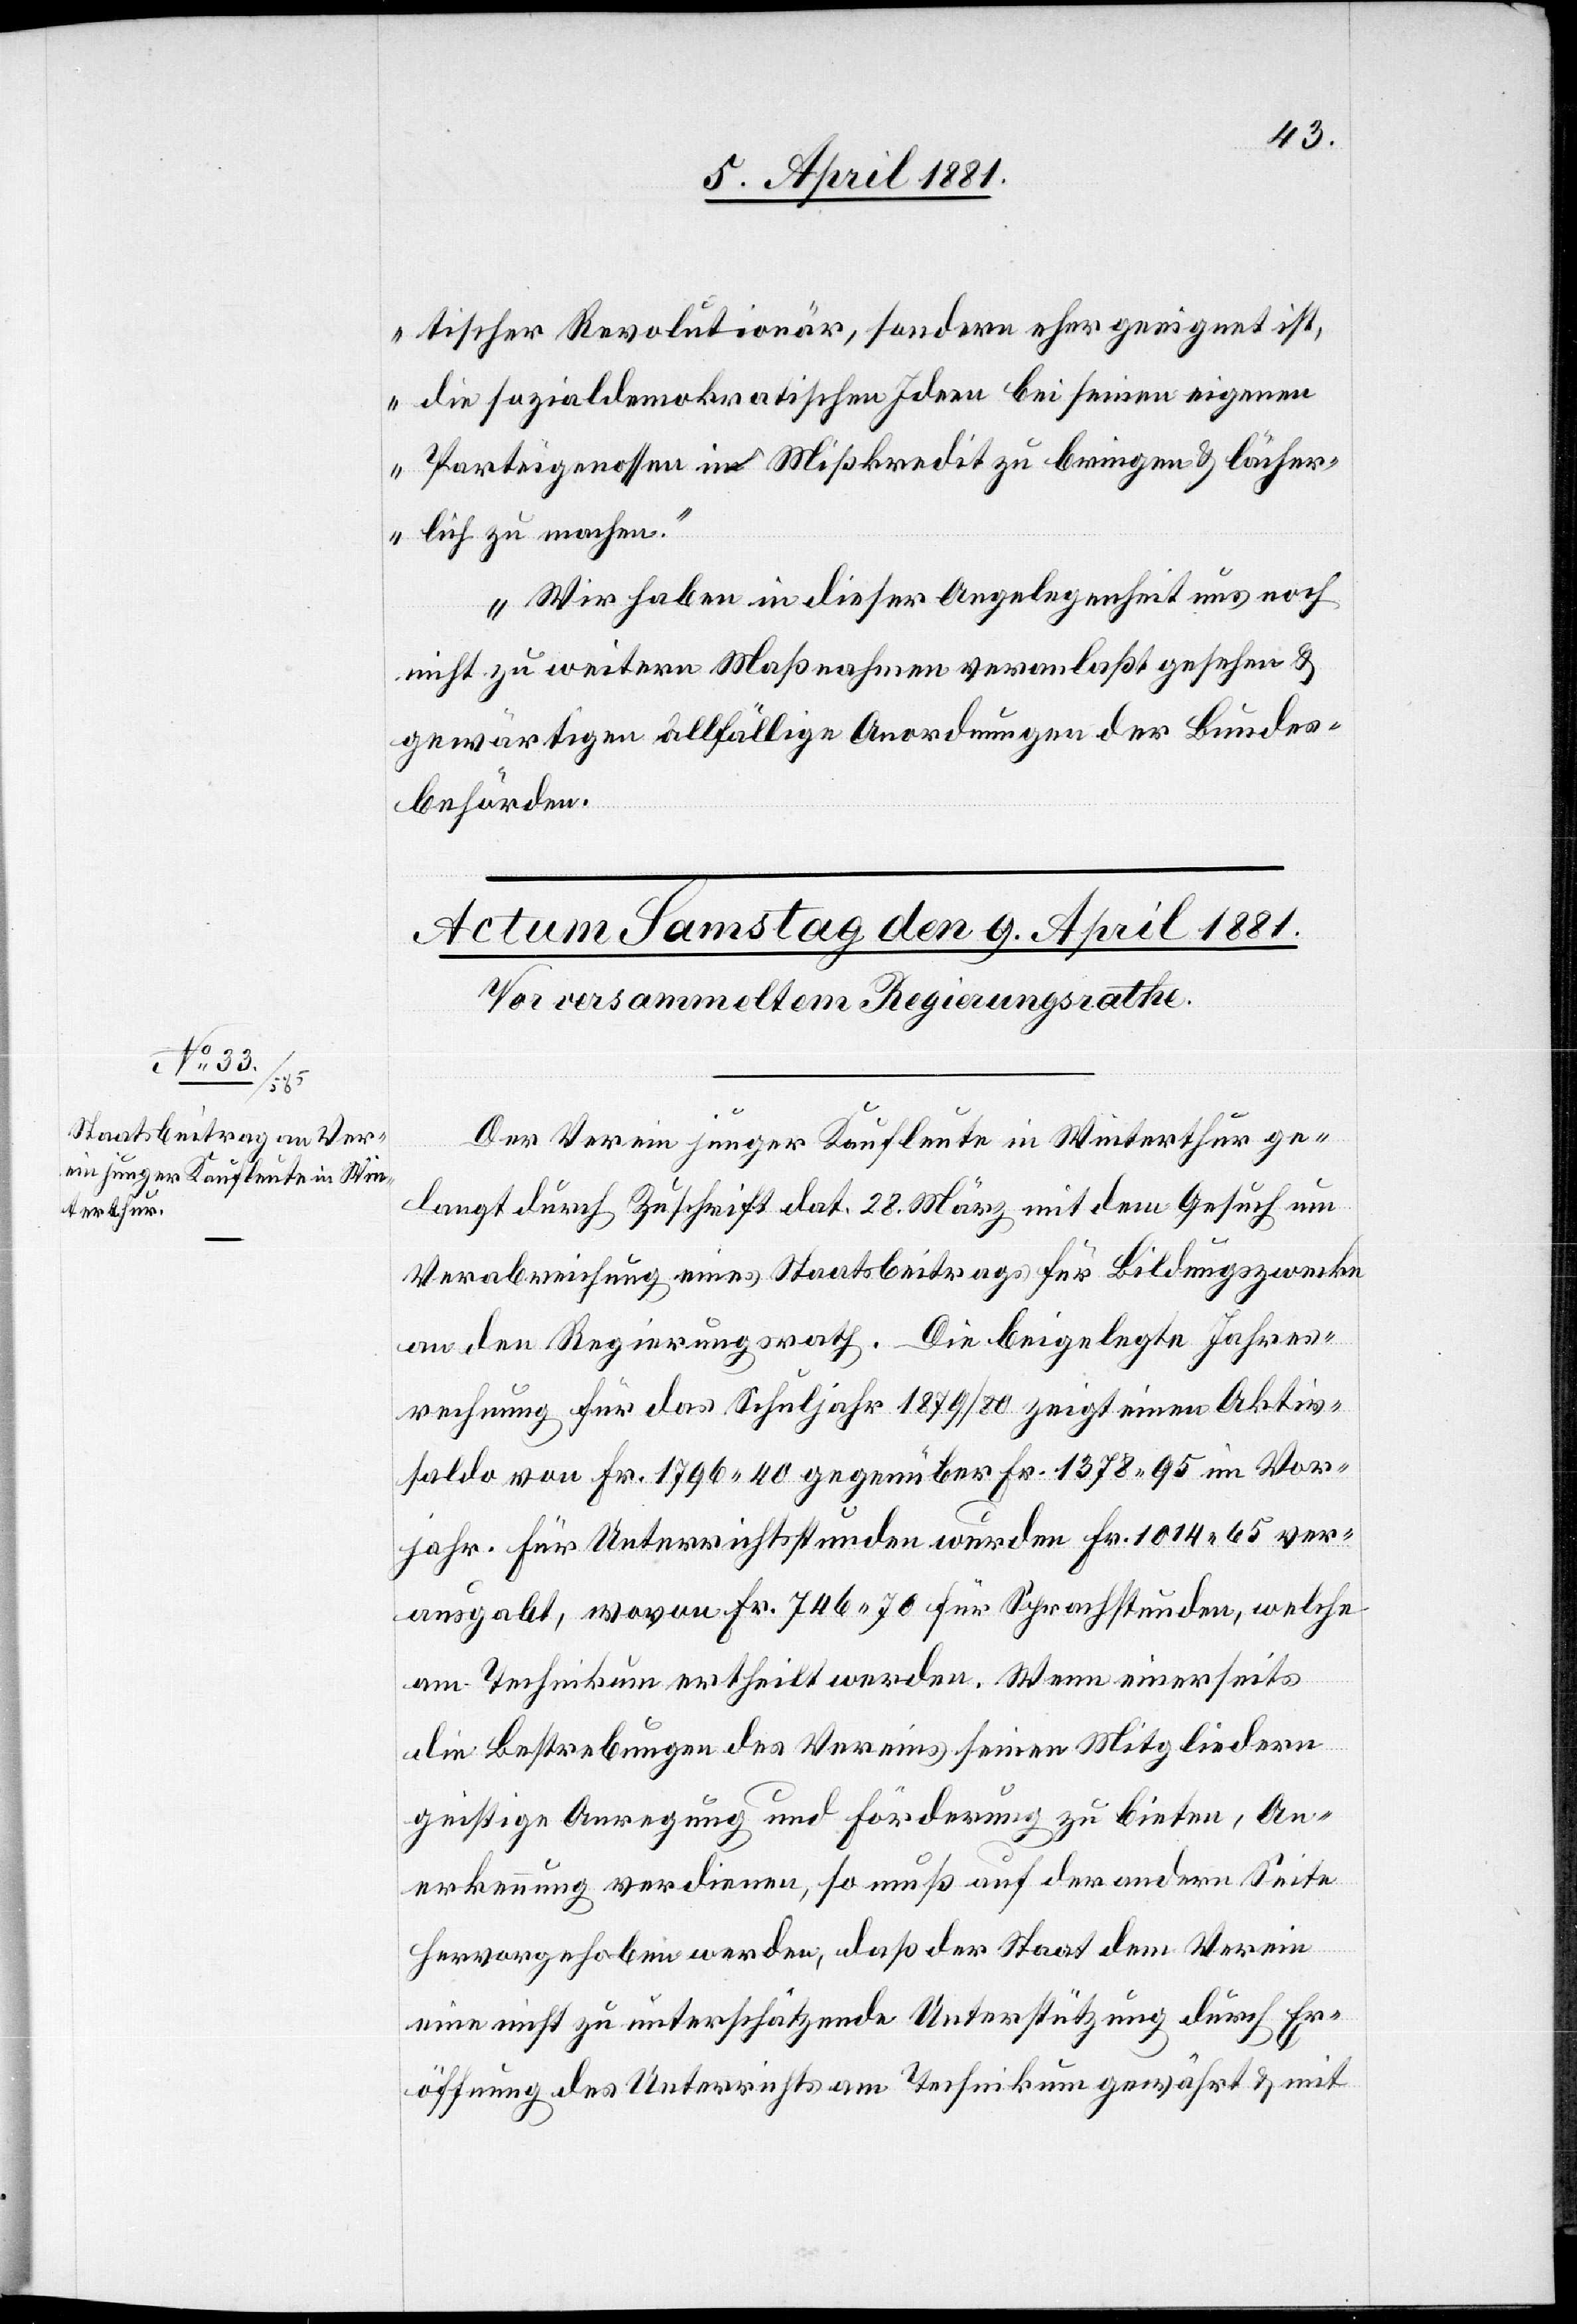
tischer Revolutionär, sondern eher geeignet ist,
die sozialdemokratischen Ideen bei seinen eigenen
Parteigenossen in Mißkredit zu bringen & lächer¬
lich zu machen.“
Wir haben in dieser Angelegenheit uns noch
nicht zu weitern Maßnahmen veranlaßt gesehen &
gewärtigen allfällige Anordnungen der Bundes¬
behörden.“
Der Verein junger Kaufleute in Winterthur ge¬
langt durch Zuschrift dat. 28. März mit dem Gesuch um
Verabreichung eines Staatsbeitrags für Bildungszwecke
an den Regierungsrath. Die beigelegte Jahres¬
rechnung für das Schuljahr 1879/80 zeigt einen Aktiv¬
saldo von Fr. 1796 40 gegenüber Fr. 1378 95 im Vor¬
jahr. Für Unterrichtsstunden wurden Fr. 1014 65 ver¬
ausgabt, wovon Fr. 746 70 für Sprachstunden, welche
am Technikum ertheilt werden. Wenn einerseits
die Bestrebungen des Vereins seinen Mitgliedern
geistige Anregung und Förderung zu bieten, An¬
erkennung verdienen, so muß auf der andern Seite
hervorgehoben werden, daß der Staat dem Verein
eine nicht zu unterschätzende Unterstützung durch Er¬
öffnung des Unterrichts am Technikum gewährt & mit